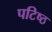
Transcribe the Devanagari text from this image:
पटिष्ठ